Emmaste_vallavalitsus, lk 47
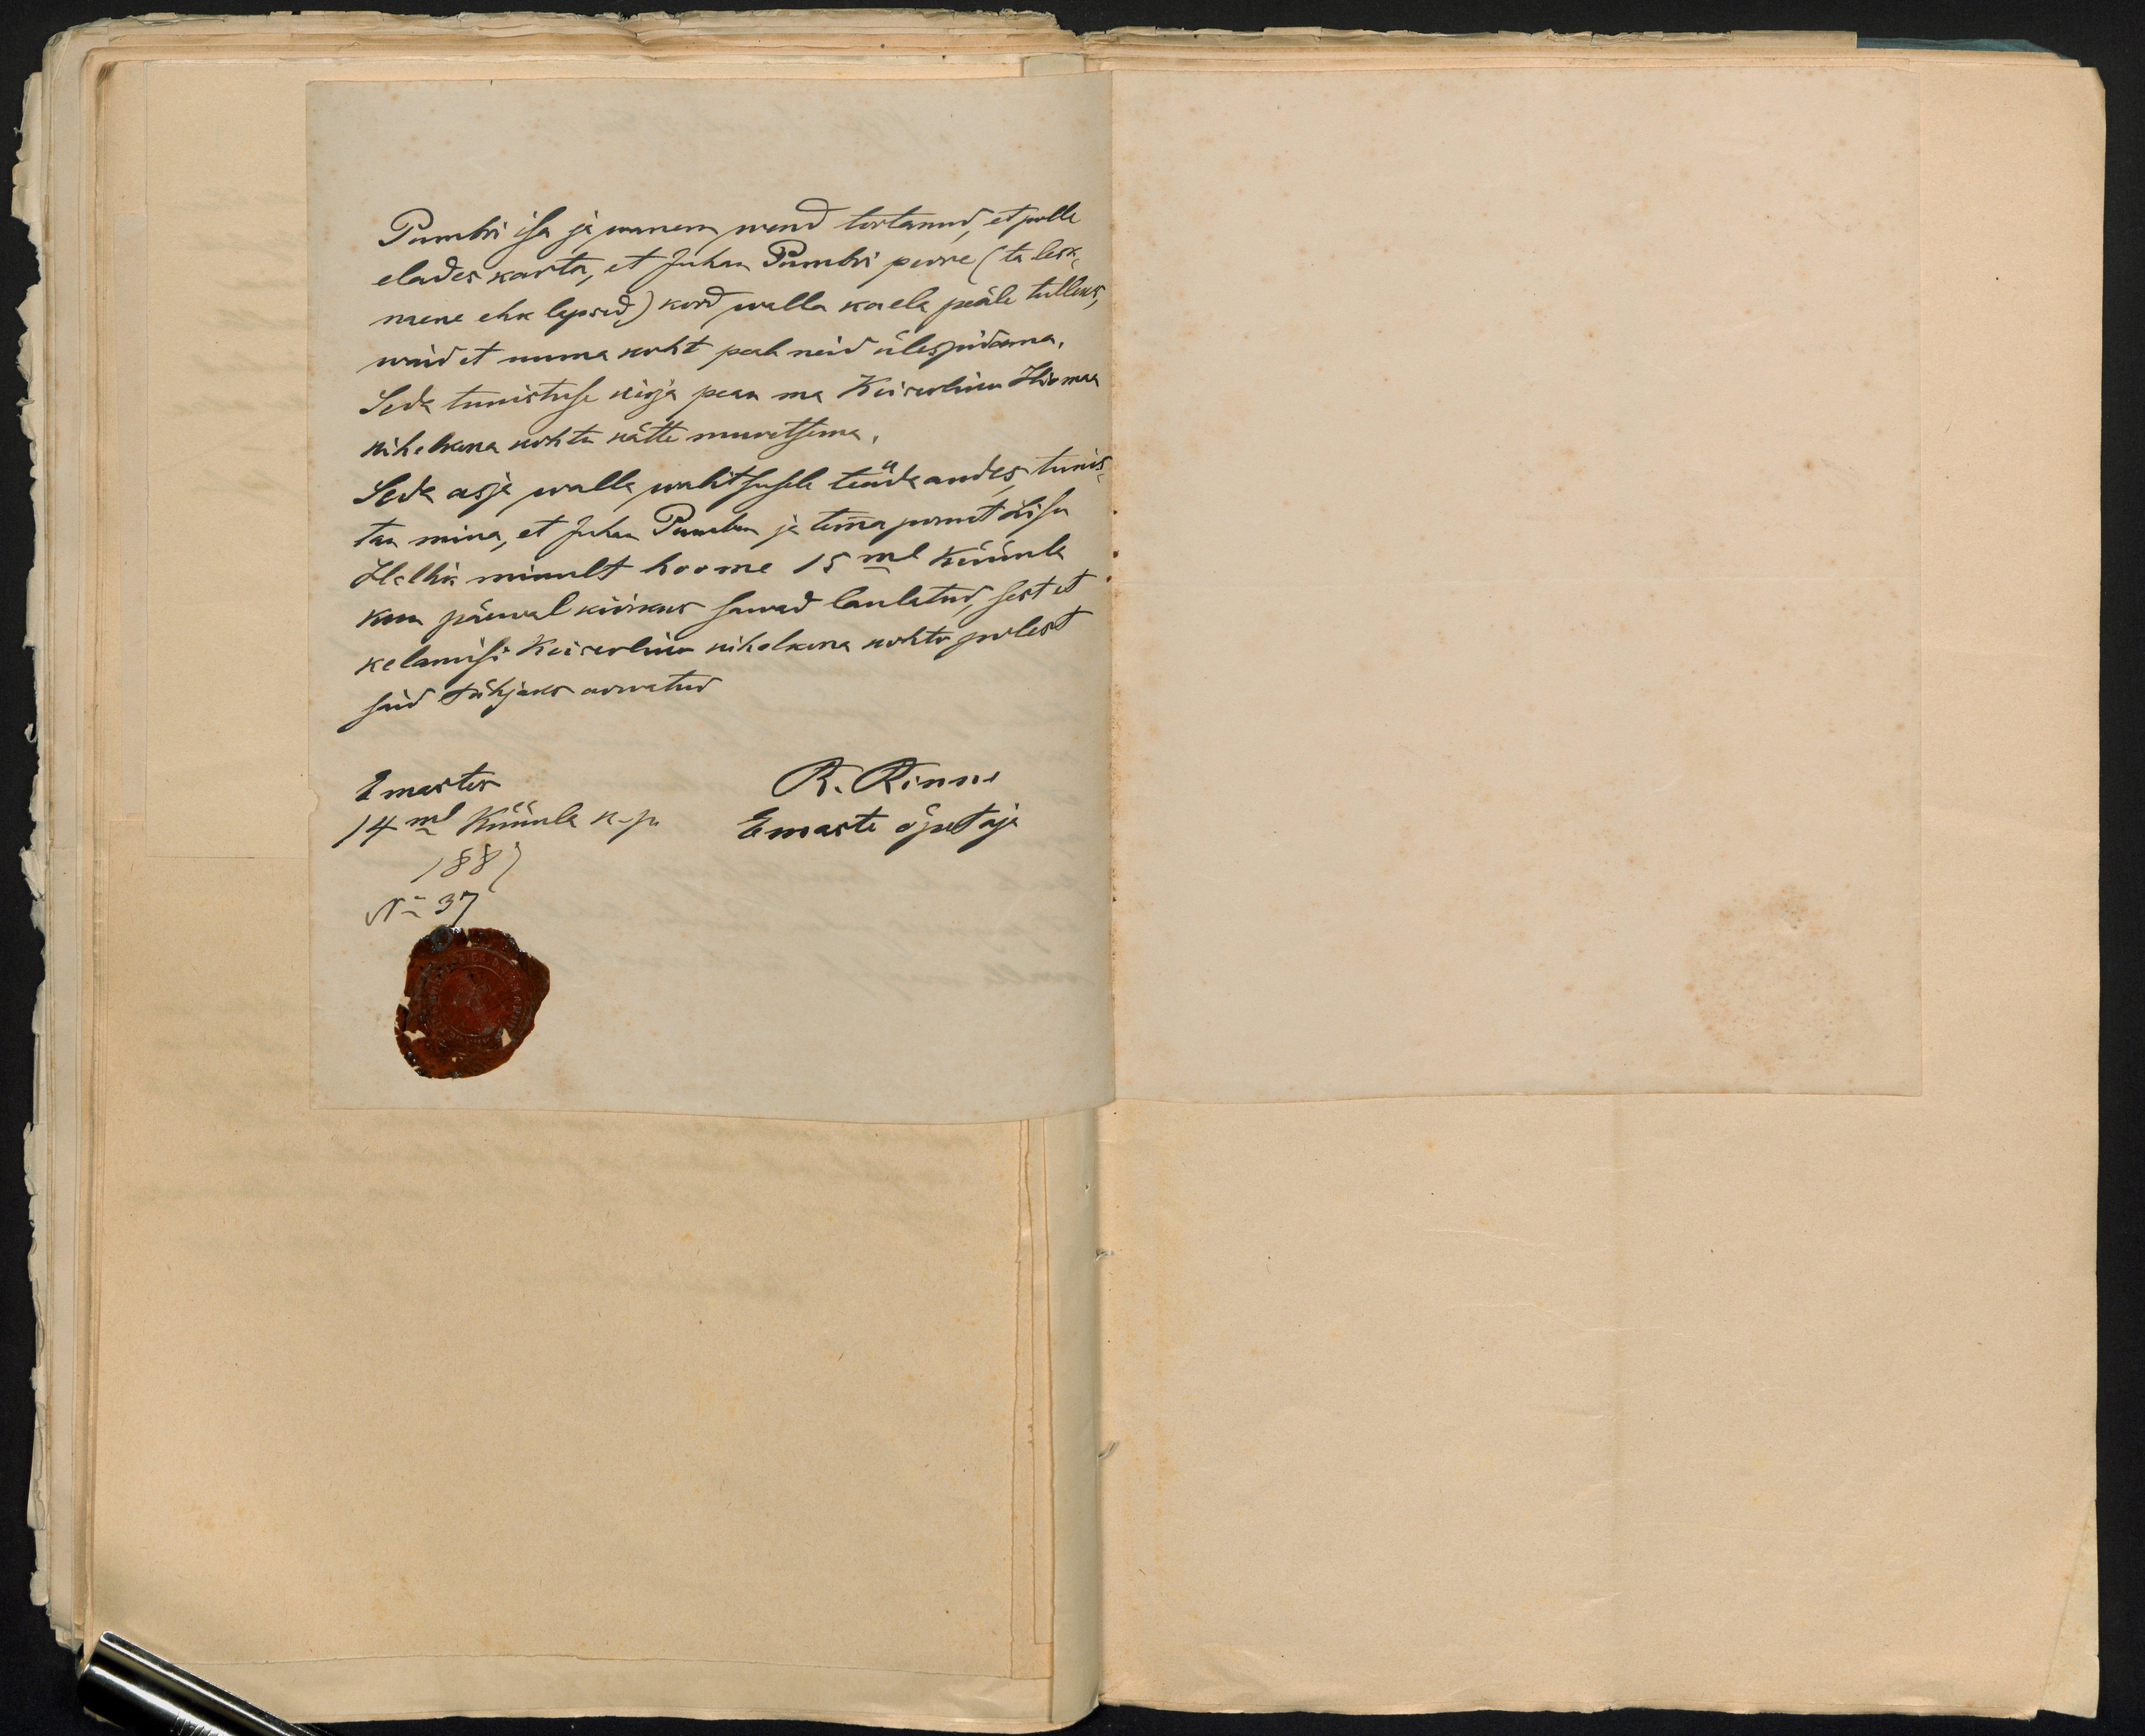
Pumbri isa ja wanem wend teotanud, et polle
elades karta, et Juhan Pumbri perre (ta lesk
naene ehk lapsed) kord walla ka ela peäle tulleks,
waid et omma koht peab neid ülespidama.
Seda tunistuse kirja pean ma Keiserliku Hiomaa
kihelkona kohta kätte muretsema.
Seda asja walla walitsusele teada andes tunis-
tan mina, et Juhan Pumber ja tema pruut Lisu
Hallik minult hoome 15mal küünla
kuu päewal kirikus sawad laulatud, sest et
kelamisi Keiserliku kihelkona kohto polest
said tühjaks arwatud
Emastes
R. Rinni
14mal Küünla k-p.
Emaste õpetaja
1881
N 37